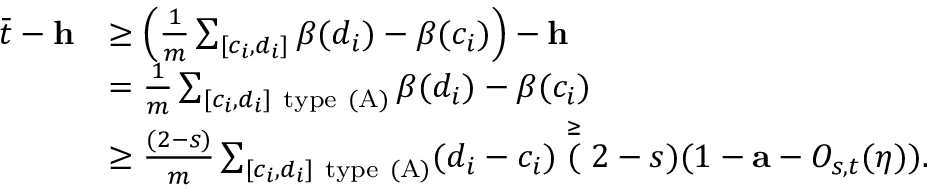
\begin{array} { r l } { \bar { t } - \mathbf { h } } & { \geq \Big ( \frac { 1 } { m } \sum _ { [ c _ { i } , d _ { i } ] } \beta ( d _ { i } ) - \beta ( c _ { i } ) \Big ) - \mathbf { h } } \\ & { = \frac { 1 } { m } \sum _ { [ c _ { i } , d _ { i } ] \mathrm { ~ t y p e ~ ( A ) } } \beta ( d _ { i } ) - \beta ( c _ { i } ) } \\ & { \geq \frac { ( 2 - s ) } { m } \sum _ { [ c _ { i } , d _ { i } ] \mathrm { ~ t y p e ~ ( A ) } } ( d _ { i } - c _ { i } ) \stackrel { \geq } ( 2 - s ) ( 1 - \mathbf { a } - O _ { s , t } ( \eta ) ) . } \end{array}